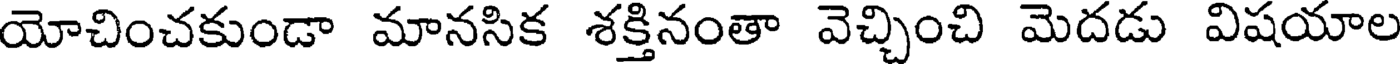
యోచించకుండా మానసిక శక్తినంతా వెచ్చించి మెదడు విషయాల